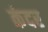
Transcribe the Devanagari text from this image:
कंदर